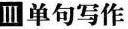
Ⅲ单句写作